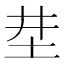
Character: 坓